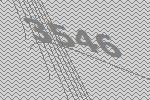
3546